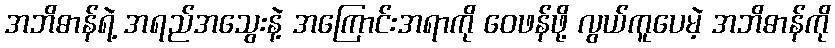
အဘိဓာန်ရဲ့ အရည်အသွေးနဲ့ အကြောင်းအရာကို ဝေဖန်ဖို့ လွယ်ကူပေမဲ့ အဘိဓာန်ကို